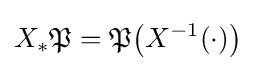
X_{*}{\mathfrak {P}}={\mathfrak {P}}{\big (}X^{-1}(\cdot ){\big )}